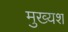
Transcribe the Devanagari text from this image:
मुख्यश